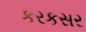
કરકસર